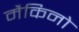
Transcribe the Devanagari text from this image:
मैकिनो